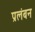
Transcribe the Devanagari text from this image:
प्रलंबन